Indian journal of veterinary science and animal husbandry - Volumes 24-25, 1954-1955
Year: 1954
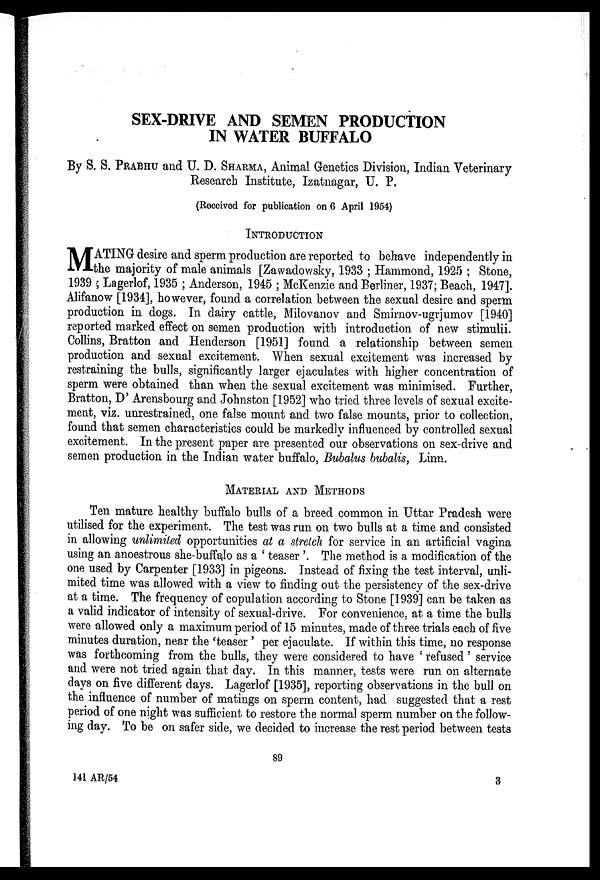
SEX-DRIVE AND SEMEN PRODUCTION
IN WATER BUFFALO
By S. S. PRABHU and U. D. SHARMA, Animal Genetics Division, Indian Veterinary
Research Institute, Izatnagar, U. P.
(Received for publication on 6 April 1954)
INTRODUCTION
M ATING desire and sperm production are reported to behave independently in
the majority of male animals [Zawadowsky, 1933 ; Hammond, 1925 ; Stone,
1939 ; Lagerlof, 1935 ; Anderson, 1945 ; McKenzie and Berliner, 1937; Beach, 1947].
Alifanow [1934], however, found a correlation between the sexual desire and sperm
production in dogs. In dairy cattle, Milovanov and Smirnov-ugrjumov [1940]
reported marked effect on semen production with introduction of new stimulii.
Collins, Bratton and Henderson [1951] found a relationship between semen
production and sexual excitement. When sexual excitement was increased by
restraining the bulls, significantly larger ejaculates with higher concentration of
sperm were obtained than when the sexual excitement was minimised. Further,
Bratton, D' Arensbourg and Johnston [1952] who tried three levels of sexual excite-
ment, viz. unrestrained, one false mount and two false mounts, prior to collection,
found that semen characteristics could be markedly influenced by controlled sexual
excitement. In the present paper are presented our observations on sex-drive and
semen production in the Indian water buffalo, Bubalus bubalis, Linn.
MATERIAL AND METHODS
Ten mature healthy buffalo bulls of a breed common in Uttar Pradesh were
utilised for the experiment. The test was run on two bulls at a time and consisted
in allowing unlimited opportunities at a stretch for service in an artificial vagina
using an anoestrous she-buffalo as a ' teaser '. The method is a modification of the
one used by Carpenter [1933] in pigeons. Instead of fixing the test interval, unli-
mited time was allowed with a view to finding out the persistency of the sex-drive
at a time. The frequency of copulation according to Stone [1939] can be taken as
a valid indicator of intensity of sexual-drive. For convenience, at a time the bulls
were allowed only a maximum period of 15 minutes, made of three trials each of five
minutes duration, near the 'teaser ' per ejaculate. If within this time, no response
was forthcoming from the bulls, they were considered to have ' refused' service
and were not tried again that day. In this manner, tests were run on alternate
days on five different days. Lagerlof [1935], reporting observations in the bull on
the influence of number of matings on sperm content, had suggested that a rest
period of one night was sufficient to restore the normal sperm number on the follow-
ing day. To be on safer side, we decided to increase the rest period between tests
89
141 AR/54
3